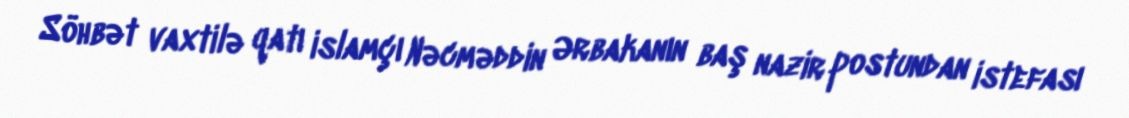
Söhbət vaxtilə qatı islamçı Nəcməddin Ərbakanın baş nazir postundan istefası